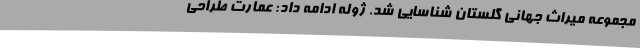
مجموعه میراث جهانی گلستان شناسایی شد. ژوله ادامه داد: عمارت طراحی